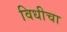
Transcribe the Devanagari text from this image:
विधीचा